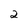
Character: 2